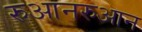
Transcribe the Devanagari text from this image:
रुआनरुआन